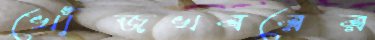
খোঁজখবরের